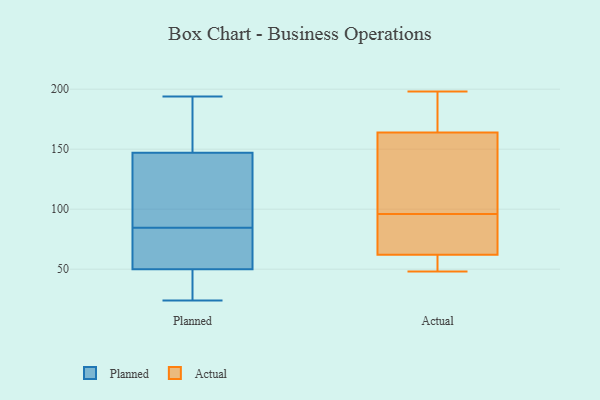
{"axis": {"x": "Energy Usage (MWh)", "y": "Value"}, "legend": ["Actual", "Planned"], "data": [{"x": "", "y": 28, "type": "Planned"}, {"x": "", "y": 61, "type": "Planned"}, {"x": "", "y": 90, "type": "Planned"}, {"x": "", "y": 194, "type": "Planned"}, {"x": "", "y": 79, "type": "Planned"}, {"x": "", "y": 174, "type": "Planned"}, {"x": "", "y": 183, "type": "Planned"}, {"x": "", "y": 24, "type": "Planned"}, {"x": "", "y": 40, "type": "Planned"}, {"x": "", "y": 94, "type": "Planned"}, {"x": "", "y": 60, "type": "Planned"}, {"x": "", "y": 120, "type": "Planned"}, {"x": "", "y": 124, "type": "Actual"}, {"x": "", "y": 189, "type": "Actual"}, {"x": "", "y": 74, "type": "Actual"}, {"x": "", "y": 182, "type": "Actual"}, {"x": "", "y": 62, "type": "Actual"}, {"x": "", "y": 164, "type": "Actual"}, {"x": "", "y": 128, "type": "Actual"}, {"x": "", "y": 55, "type": "Actual"}, {"x": "", "y": 76, "type": "Actual"}, {"x": "", "y": 80, "type": "Actual"}, {"x": "", "y": 97, "type": "Actual"}, {"x": "", "y": 157, "type": "Actual"}, {"x": "", "y": 48, "type": "Actual"}, {"x": "", "y": 50, "type": "Actual"}, {"x": "", "y": 48, "type": "Actual"}, {"x": "", "y": 198, "type": "Actual"}, {"x": "", "y": 186, "type": "Actual"}, {"x": "", "y": 95, "type": "Actual"}]}